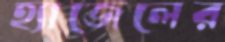
হ্যাজেলের